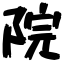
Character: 院